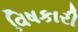
વિષકારી